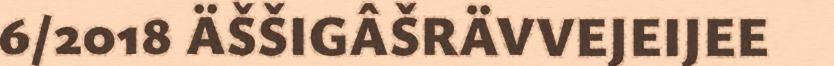
6/2018 ÄŠŠIGÂŠRÄVVEJEIJEE